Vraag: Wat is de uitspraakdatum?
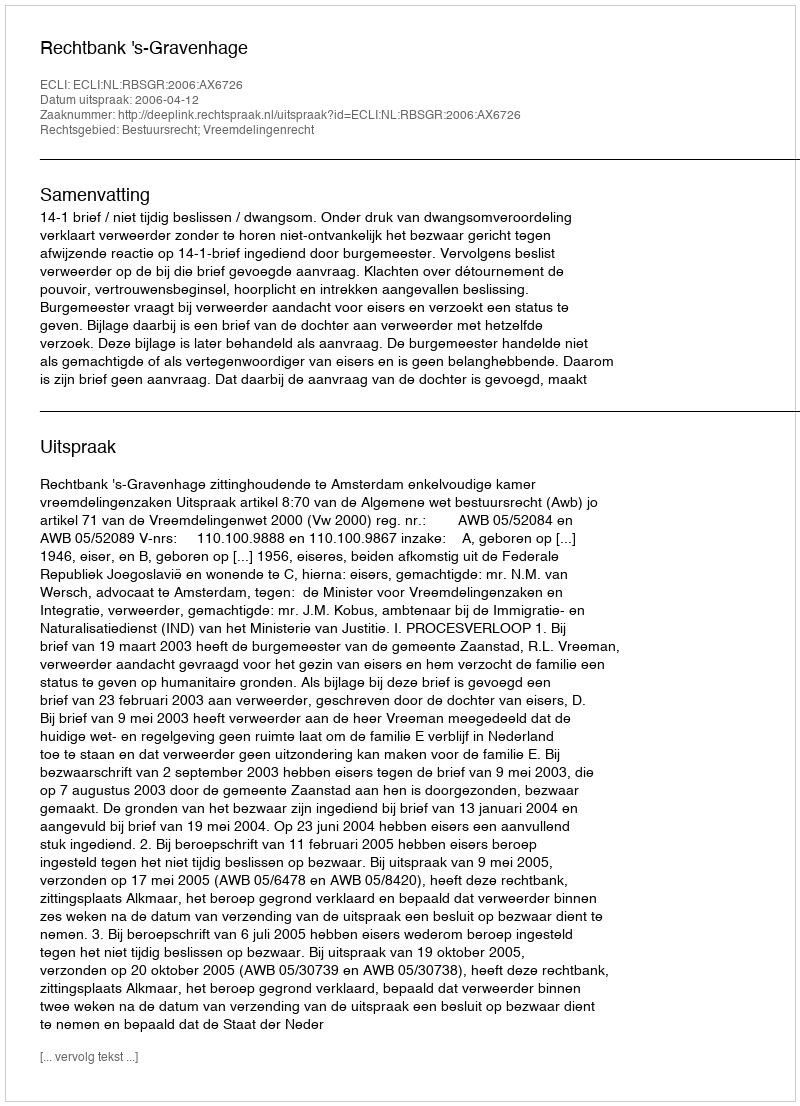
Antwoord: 2006-04-12